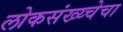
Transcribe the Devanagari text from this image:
लोकसंख्य्चेचा